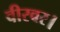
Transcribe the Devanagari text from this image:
वीरवर।